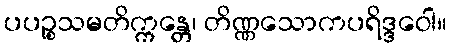
ပပဉ္စသမတိက္ကန္တေ၊ တိဏ္ဏသောကပရိဒ္ဒဝေါ။